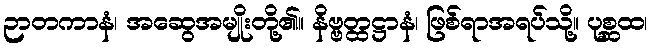
ဉာတကာနံ၊ အဆွေအမျိုးတို့၏။ နိဗ္ဗတ္ထဋ္ဌာနံ၊ ဖြစ်ရာအရပ်သို့။ ပုစ္ဆထ၊